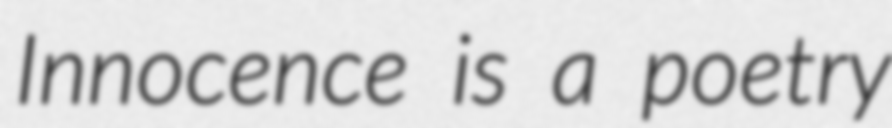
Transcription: Innocence is a poetry